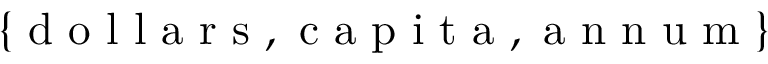
\{ \mathrm { ~ d ~ o ~ l ~ l ~ a ~ r ~ s ~ } , \mathrm { ~ c ~ a ~ p ~ i ~ t ~ a ~ } , \mathrm { ~ a ~ n ~ n ~ u ~ m ~ } \}